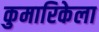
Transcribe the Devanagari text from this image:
कुमारिकेला